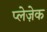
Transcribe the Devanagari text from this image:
प्लेज़ेक